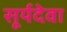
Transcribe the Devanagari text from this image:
सूर्यदेवा